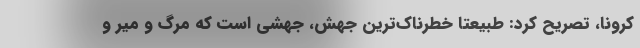
کرونا، تصریح کرد: طبیعتا خطرناک‌ترین جهش، جهشی است که مرگ و میر و